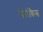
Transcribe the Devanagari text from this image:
चेरोकिस